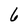
Character: 6